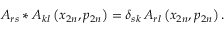
A _ { r s } * A _ { k l } \left( x _ { 2 n } , p _ { 2 n } \right) = \delta _ { s k } \, A _ { r l } \left( x _ { 2 n } , p _ { 2 n } \right) .